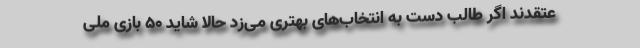
عتقدند اگر طالب دست به انتخاب‌های بهتری می‌زد حالا شاید 50 بازی ملی